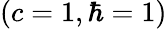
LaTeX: (c=1,\hbar=1)